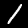
Digit: 1